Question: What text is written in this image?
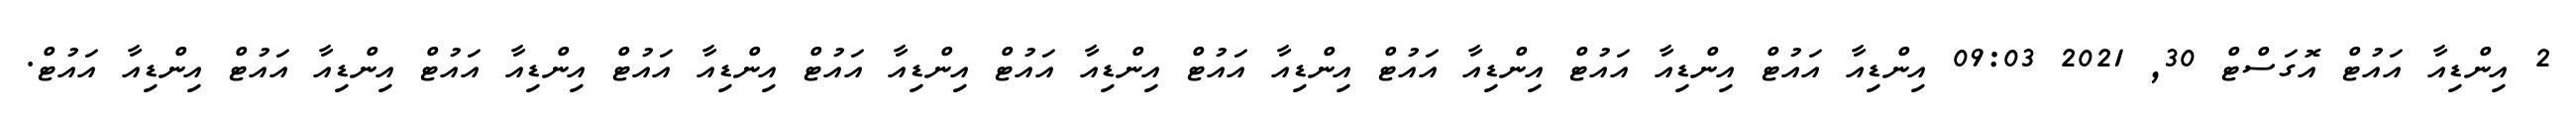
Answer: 2 އިންޑިއާ އައުޓް އޮގަސްޓް 30, 2021 09:03 އިންޑިއާ އައުޓް އިންޑިއާ އައުޓް އިންޑިއާ އައުޓް އިންޑިއާ އައުޓް އިންޑިއާ އައުޓް އިންޑިއާ އައުޓް އިންޑިއާ އައުޓް އިންޑިއާ އައުޓް އިންޑިއާ އައުޓް އިންޑިއާ އައުޓް.